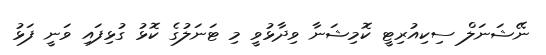
ނޭޝަނަލް ސިކިއުރިޓީ ކޮމިޝަނާ ވިދާޅުވީ މި ޓަނަލުގެ ކޮޅު ގުޅިފައި ވަނީ ފަޅު